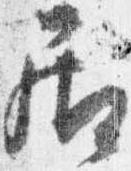
居